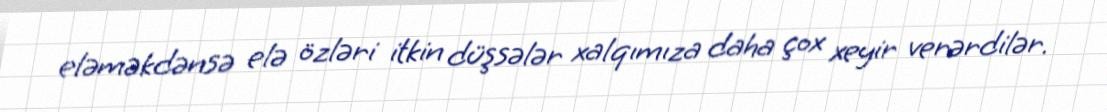
eləməkdənsə elə özləri itkin düşsələr xalqımıza daha çox xeyir verərdilər.